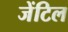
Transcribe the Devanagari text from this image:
जेंटिल